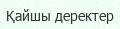
Қайшы деректер